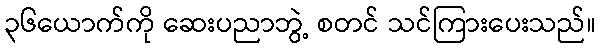
၃၆ယောက်ကို ဆေးပညာဘွဲ့ စတင် သင်ကြားပေးသည်။